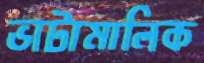
ভাটামালিক